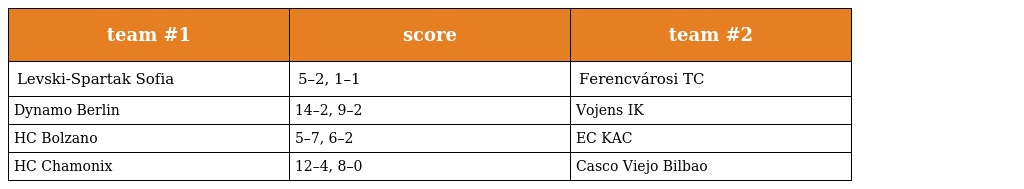
| team #1 | score | team #2 |
 | --- | --- | --- |
 | Levski-Spartak Sofia | 5–2, 1–1 | Ferencvárosi TC |
 | Dynamo Berlin | 14–2, 9–2 | Vojens IK |
 | HC Bolzano | 5–7, 6–2 | EC KAC |
 | HC Chamonix | 12–4, 8–0 | Casco Viejo Bilbao |